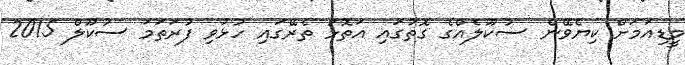
މީޑިއަމަށް ކިޔެވޭނެ ސުކޫލެއްގެ ގޮތުގައި އަތޮޅު ތެރޭގައި ހުޅުވި ފުރަތަމަ ސުކޫލް 2015